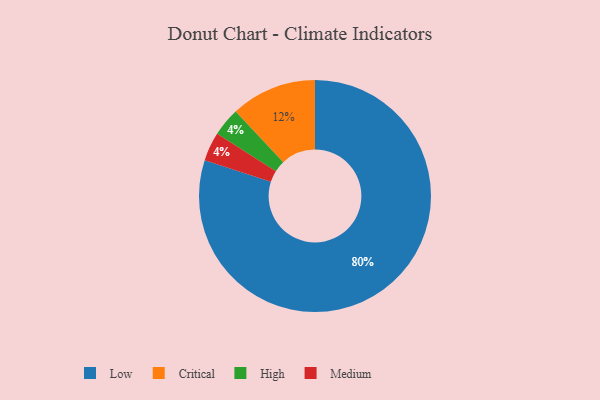
{"axis": {"x": "Category", "y": "Percentage"}, "legend": ["Critical", "High", "Low", "Medium"], "data": [{"x": "High", "y": 4, "type": "High"}, {"x": "Critical", "y": 12, "type": "Critical"}, {"x": "Low", "y": 80, "type": "Low"}, {"x": "Medium", "y": 4, "type": "Medium"}]}